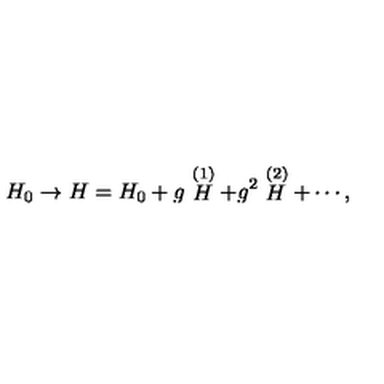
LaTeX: H _ { 0 } \rightarrow H = H _ { 0 } + g \stackrel { ( 1 ) } { H } + g ^ { 2 } \stackrel { ( 2 ) } { H } + \cdots ,